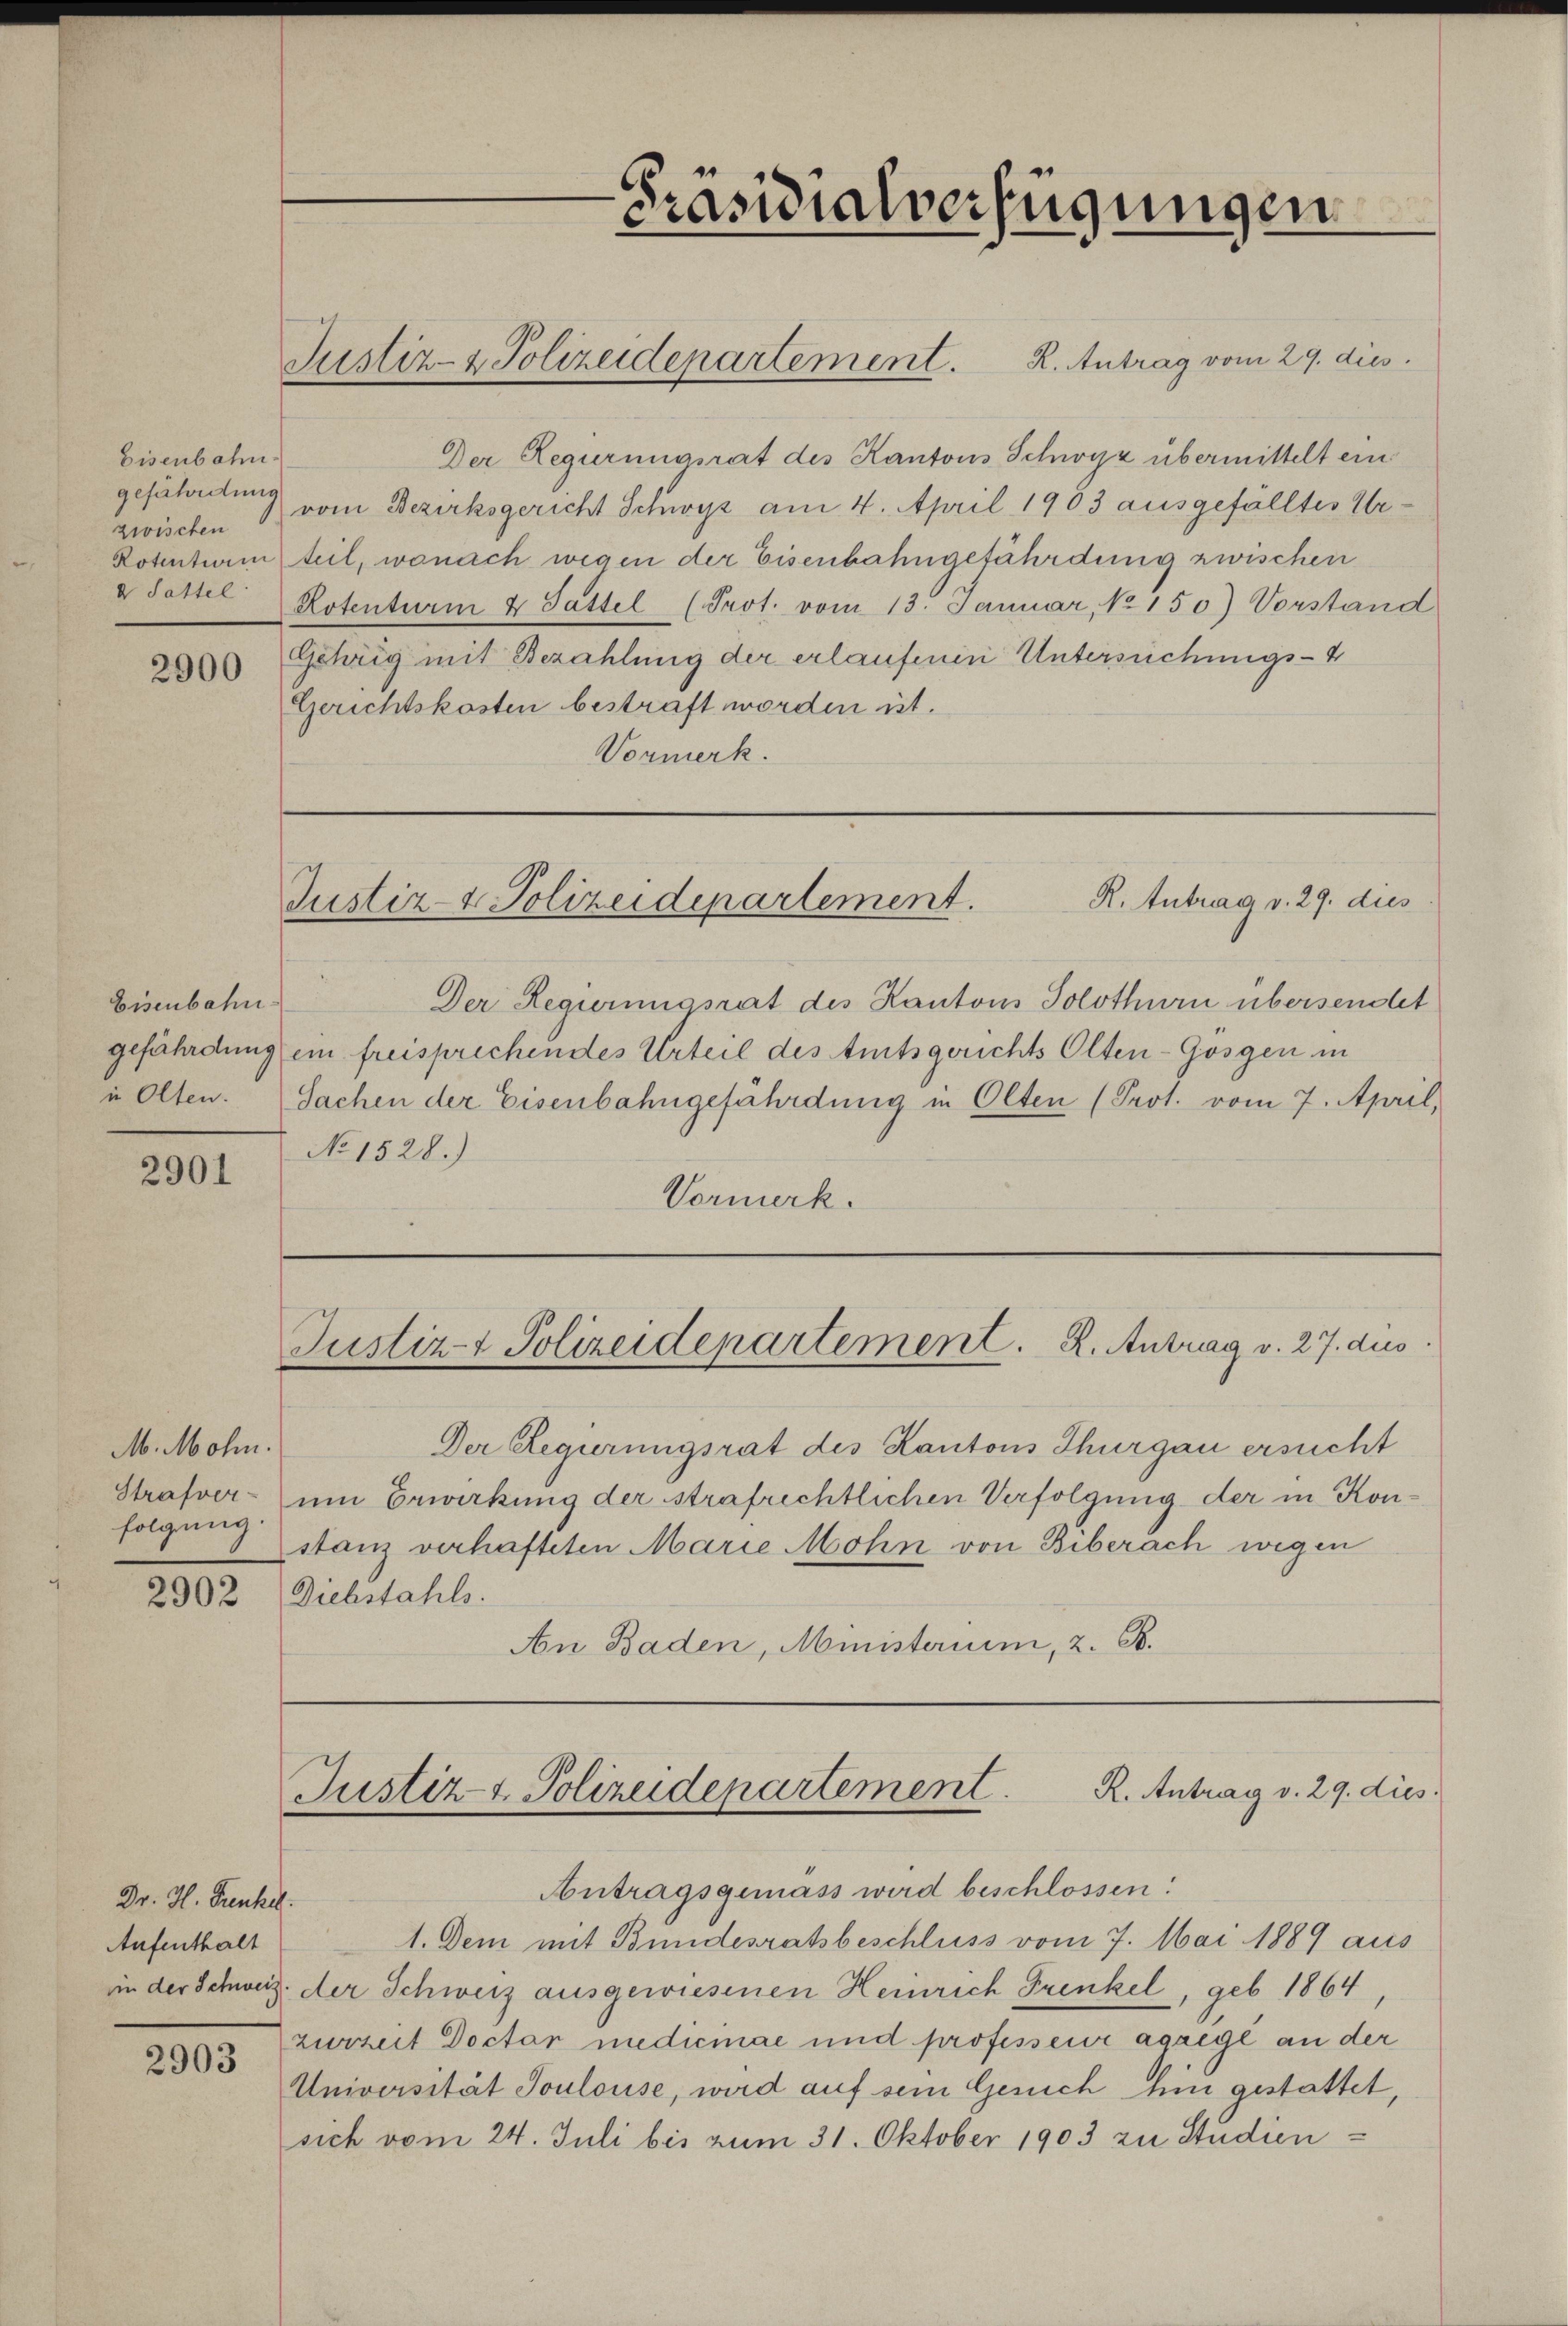
Eisenbahn
gefährdung
zwischen
Rotention
d Sattel

2900

Eisenbahn
gefährdung
in Olten.

2901

M. Mohn.
Strafver-
folgung.

2902

Dr. H. Funkel.
Aufenthalt

2903

Justiz- & Polizeidepartement. K. Antrag vom 29. dies

Der Regierungsrat des Kantons Schwyz übermittelt ein
vom Bezirksgericht Schwyz am 4. April 1903 ausgefälltes Urteil, wonach wegen der Eisenbahngefährdung zwischen
Rotenturm u. Sattel (Prot. vom 13. Januar, No 150) Vorstand
Gehrig mit Bezahlung der erlaufenen Untersuchungs-4
Gerichtskosten bestraft worden ist.
Vormerk.

Präsidialverfügungen

R. Antrag v. 29. dies
Justiz- & Polizeidepartement.

Der Regierungsrat des Kantons Solothurn übersendet
ein freisprechendes Urteil des Amtsgerichts Olten-Gosgen in
Sachen der Eisenbahngefährdung in Olten (Prot. vom 7. April,
No 1528.)
Vormerk.

Der Regierungsrat des Kantons Thurgau ersucht
um Erwirkung der strafrichtlichen Verfolgung der in Konstanz verhafteten Marie Mohn von Biberach wegen
Diebstahls.
An Baden, Ministerium, z. B.

Justiz- & Polizeidepartement. K. Antrag v. 27. dus.

R. Antrag v. 29. dies
Justiz- & Polizeidepartement

Antragsgemäss wird beschlossen:
1. Dem mit Bundesratsbeschluss vom 7. Mai 1889 aus
in der Schweiz. der Schweiz ausgewiesenen Heinrich Frenkel, geb. 1864,
zurzeit Doctor medicinae und professeur agregl an der
Universität Toulouse, wird auf sein Gerich hin gestattet,
sich vom 24. Juli bis zum 31. Oktober 1903 zu Studien¬